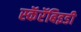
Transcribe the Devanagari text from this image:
स्कॅरॅबिइडी